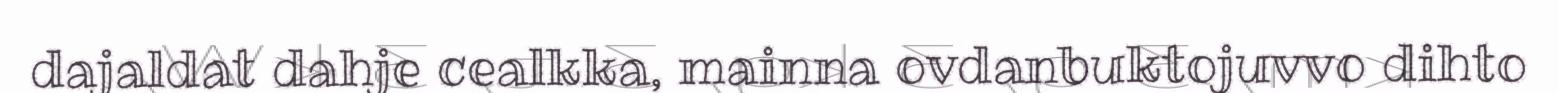
dajaldat dahje cealkka, mainna ovdanbuktojuvvo dihto